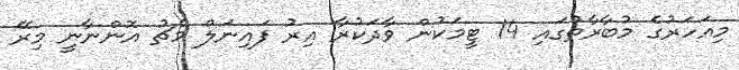
މިއަހަރުގެ މުބާރާތުގައި 14 ޓީމަކުން ވާދަކުރާ އިރު ފައިނަލް މެޗު އޮންނާނީ މިރޭ